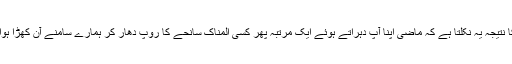
اس کا نتیجہ یہ نکلتا ہے کہ ماضی اپنا آپ دہراتے ہوئے ایک مرتبہ پھر کسی المناک سانحے کا روپ دھار کر ہمارے سامنے آن کھڑا ہوا ہے۔